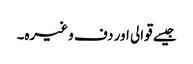
جیسے قوالی اور دف وغیرہ۔